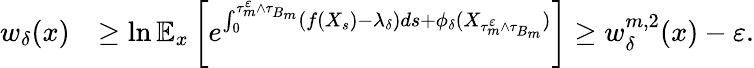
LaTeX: \begin{array}{rl}{w_{\delta}(x)}&{\geq\ln\mathbb{E}_{x}\left[e^{\int_{0}^{\tau_{m}^{\varepsilon}\wedge\tau_{B_{m}}}(f(X_{s})-\lambda_{\delta})ds+\phi_{\delta}(X_{\tau_{m}^{\varepsilon}\wedge\tau_{B_{m}}})}\right]\geq w_{\delta}^{m,2}(x)-\varepsilon.}\end{array}